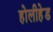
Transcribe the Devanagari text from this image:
होलीहेड